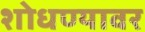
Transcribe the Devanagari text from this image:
शोधण्यावर